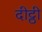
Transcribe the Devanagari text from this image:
दीट्ठी